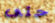
حتى